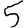
Digit: 5